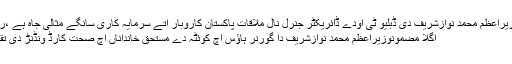
پچھلا مضمونوزیراعظم محمد نوازشریف دی ڈبلیو ٹی اودے ڈائریکٹر جنرل نال ملاقات پاکستان کاروبار اتے سرمایہ کاری سانگے مثالی جاہ ہے ،ربرٹو ایزی ویدو
اگلا مضمونوزیراعظم محمد نوازشریف دا گورنر ہاﺅس اچ کوئٹہ دے مستحق خانداناں اچ صحت کارڈ ونڈنڑ دی تقریب توںخطاب